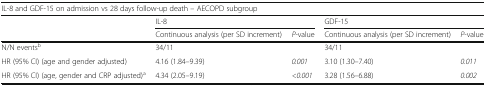
<table><thead><tr><td colspan="5"><b>IL-8 and GDF-15 on admission vs 28 days follow-up death – AECOPD subgroup</b></td></tr><tr><td></td><td colspan="2"><b>IL-8</b></td><td colspan="2"><b>GDF-15</b></td></tr><tr><td></td><td><b>Continuous analysis (per SD increment)</b></td><td><b><i>P</i>-value</b></td><td><b>Continuous analysis (per SD increment)</b></td><td><b><i>P</i>-value</b></td></tr></thead><tbody><tr><td>N/N events<sup>b</sup></td><td>34/11</td><td></td><td>34/11</td><td></td></tr><tr><td>HR (95% CI) (age and gender adjusted)</td><td>4.16 (1.84–9.39)</td><td><i>0.001</i></td><td>3.10 (1.30–7.40)</td><td><i>0.011</i></td></tr><tr><td>HR (95% CI) (age, gender and CRP adjusted)<sup>a</sup></td><td>4.34 (2.05–9.19)</td><td><i>&lt;0.001</i></td><td>3.28 (1.56–6.88)</td><td><i>0.002</i></td></tr></tbody></table>